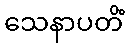
သေနာပတိံ